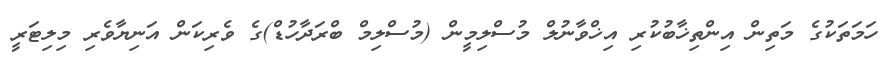
ހަމަތަކުގެ މަތިން އިންތިޚާބުކުރި އިޚްވާނުލް މުސްލިމީން (މުސްލިމް ބްރަދާހުޑް)ގެ ވެރިކަން އަނިޔާވެރި މިލިޓަރީ